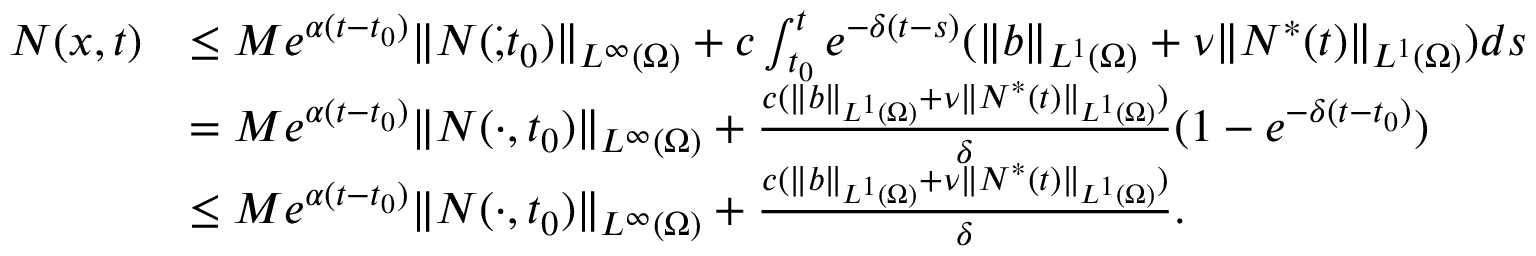
\begin{array} { r l } { N ( x , t ) } & { \le M e ^ { \alpha ( t - t _ { 0 } ) } \| N ( \dot { , } t _ { 0 } ) \| _ { L ^ { \infty } ( \Omega ) } + c \int _ { t _ { 0 } } ^ { t } e ^ { - \delta ( t - s ) } ( \| b \| _ { L ^ { 1 } ( \Omega ) } + \nu \| N ^ { * } ( t ) \| _ { L ^ { 1 } ( \Omega ) } ) d s } \\ & { = M e ^ { \alpha ( t - t _ { 0 } ) } \| N ( \cdot , t _ { 0 } ) \| _ { L ^ { \infty } ( \Omega ) } + \frac { c ( \| b \| _ { L ^ { 1 } ( \Omega ) } + \nu \| N ^ { * } ( t ) \| _ { L ^ { 1 } ( \Omega ) } ) } { \delta } ( 1 - e ^ { - \delta ( t - t _ { 0 } ) } ) } \\ & { \le M e ^ { \alpha ( t - t _ { 0 } ) } \| N ( \cdot , t _ { 0 } ) \| _ { L ^ { \infty } ( \Omega ) } + \frac { c ( \| b \| _ { L ^ { 1 } ( \Omega ) } + \nu \| N ^ { * } ( t ) \| _ { L ^ { 1 } ( \Omega ) } ) } { \delta } . } \end{array}